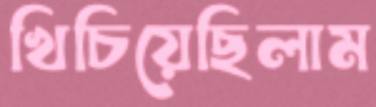
খিচিয়েছিলাম